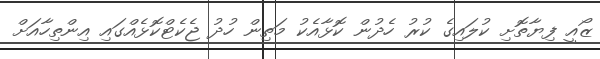
ޒޯއީ ފިޔާތޮށި ކުލައިގެ ކުރު ހެދުން ކޮޅާއެކު މަތިން ހުދު ޖެކެޓްކޮޅެއްގައި އިންތިހާއަށް